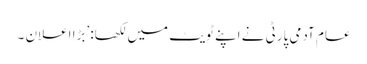
عام آدمی پارٹی نے اپنے ٹویٹ میں لکھا: ’بڑا اعلان ۔